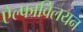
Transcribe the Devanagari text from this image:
ऐल्फाविलयन